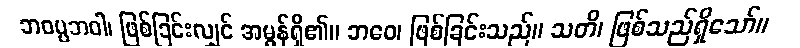
ဘဝပ္ပဘဝါ၊ ဖြစ်ခြင်းလျှင် အမွန်ရှိ၏။ ဘဝေ၊ ဖြစ်ခြင်းသည်။ သတိ၊ ဖြစ်သည်ရှိသော်။